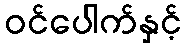
ဝင်ပေါက်နှင့်